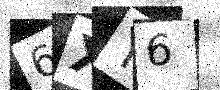
Text: 6XY6